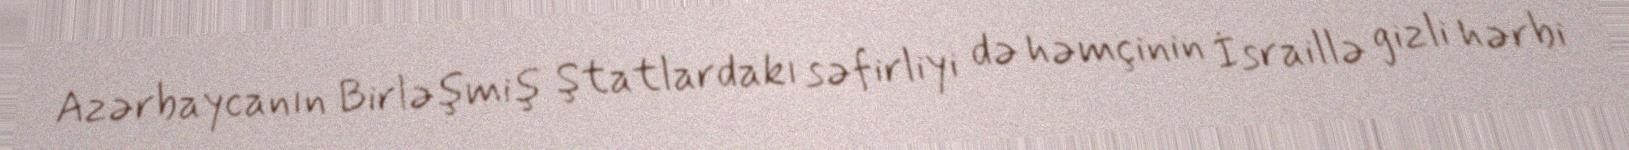
Azərbaycanın Birləşmiş Ştatlardakı səfirliyi də həmçinin İsraillə gizli hərbi